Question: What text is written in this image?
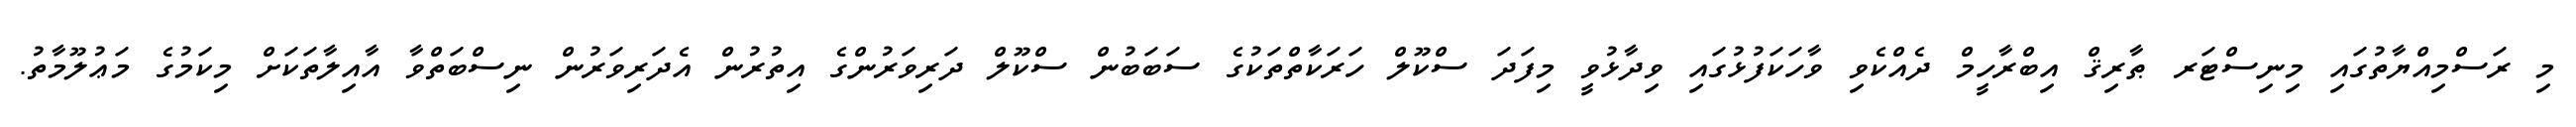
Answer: މި ރަސްމިއްޔާތުގައި މިނިސްޓަރ ޠާރިޤް އިބްރާހީމް ދެއްކެވި ވާހަކަފުޅުގައި ވިދާޅުވީ މިފަދަ ސްކޫލް ހަރަކާތްތަކުގެ ސަބަބުން ސްކޫލް ދަރިވަރުންގެ އިތުރުން އެދަރިވަރުން ނިސްބަތްވާ އާއިލާތަކަށް މިކަމުގެ މަޢުލޫމާތު.